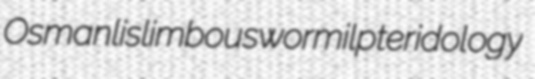
Osmanlis limbous wormil pteridology